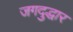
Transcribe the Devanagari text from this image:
जगदुद्धार